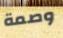
وصمة